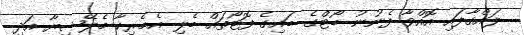
ލައްގާފައި އޮއްވާ ފެނުނު ބޯޓްގެ ބައިގެ ފޮޓޯތައް ބެލި އެމެރިކާ މެލޭޝިޔާ އަދި